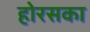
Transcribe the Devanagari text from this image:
होरसका